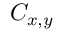
C _ { x , y }